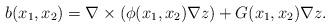
LaTeX: \begin{align*}b(x_1,x_2)=\nabla \times (\phi(x_1,x_2)\nabla z)+G(x_1,x_2)\nabla z.\end{align*}